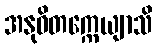
အနုဝိတက္ကေယျာသိ